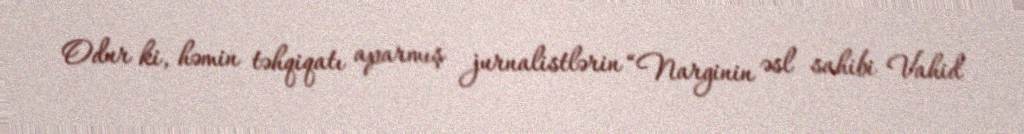
Odur ki, həmin təhqiqatı aparmış jurnalistlərin “Narginin əsl sahibi Vahid